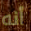
أنه